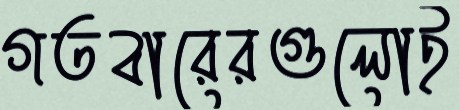
গতবারেরগুলোই